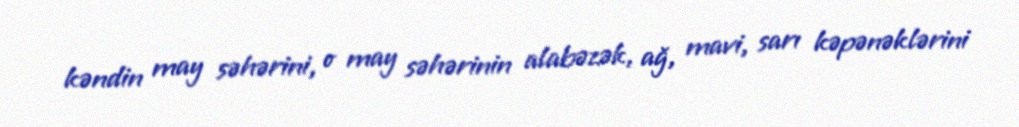
kəndin may səhərini, o may səhərinin alabəzək, ağ, mavi, sarı kəpənəklərini